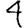
Digit: 4